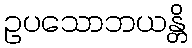
ဥပသောဘယန္တိ